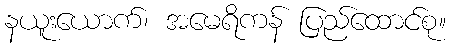
နယူးယောက်၊ အမေရိကန် ပြည်ထောင်စု။